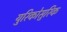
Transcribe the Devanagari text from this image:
युरिकोसुरिक